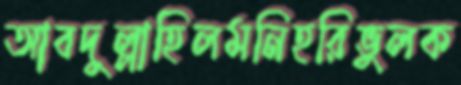
আবদুল্লাহিলমনিহরিভুলক